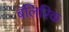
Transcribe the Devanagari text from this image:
बॅलिरिक